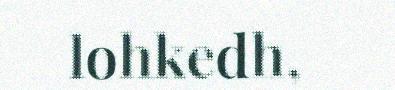
lohkedh,